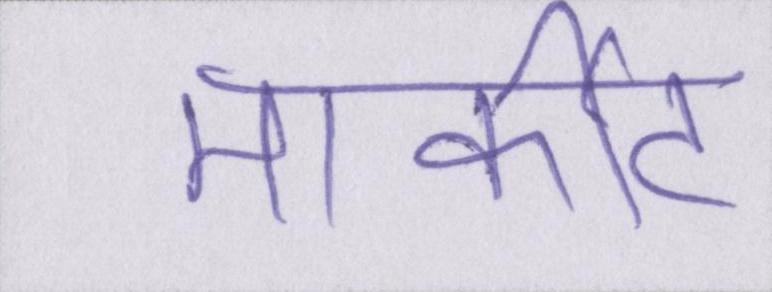
मार्कीट